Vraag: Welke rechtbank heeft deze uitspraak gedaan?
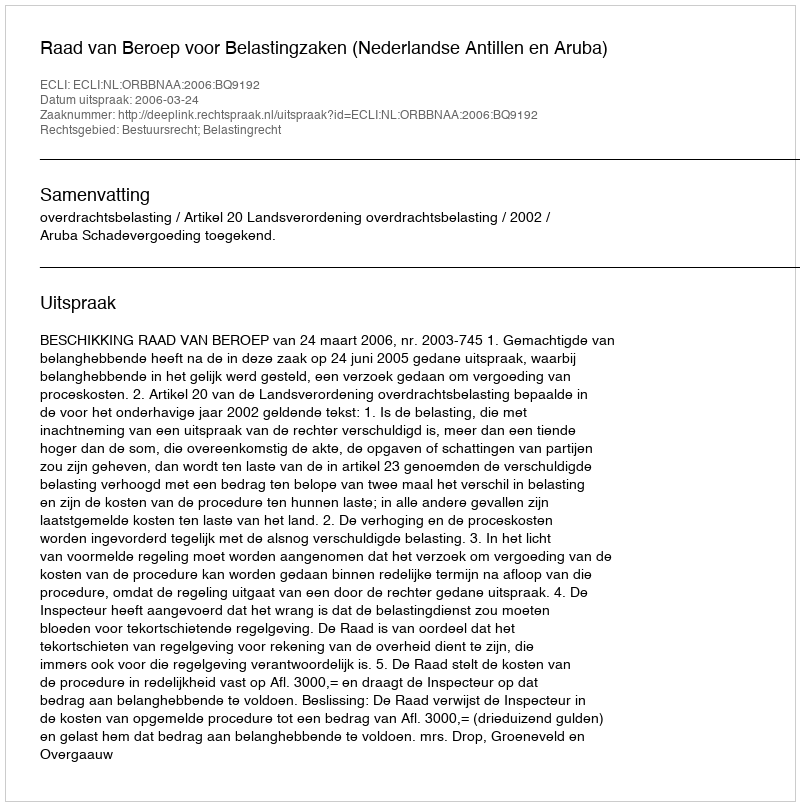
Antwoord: Raad van Beroep voor Belastingzaken (Nederlandse Antillen en Aruba)